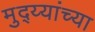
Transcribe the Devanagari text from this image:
मुद्य्यांच्या